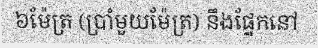
៦ម៉ែត្រ (ប្រាំមួយម៉ែត្រ) នឹងផ្នែកនៅ